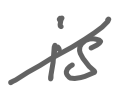
Text: is
Cross-out: diagonal
Writing tool: digital_gray